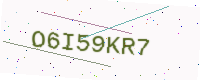
Text: O6I59KR7